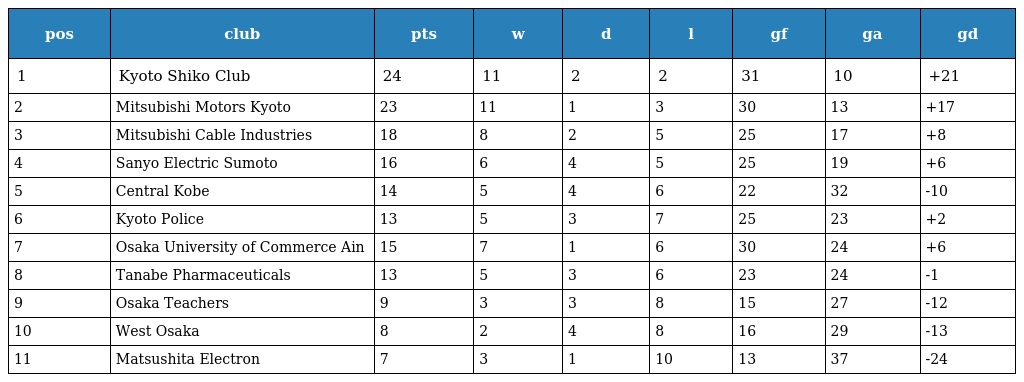
| pos | club | pts | w | d | l | gf | ga | gd |
 | --- | --- | --- | --- | --- | --- | --- | --- | --- |
 | 1 | Kyoto Shiko Club | 24 | 11 | 2 | 2 | 31 | 10 | +21 |
 | 2 | Mitsubishi Motors Kyoto | 23 | 11 | 1 | 3 | 30 | 13 | +17 |
 | 3 | Mitsubishi Cable Industries | 18 | 8 | 2 | 5 | 25 | 17 | +8 |
 | 4 | Sanyo Electric Sumoto | 16 | 6 | 4 | 5 | 25 | 19 | +6 |
 | 5 | Central Kobe | 14 | 5 | 4 | 6 | 22 | 32 | -10 |
 | 6 | Kyoto Police | 13 | 5 | 3 | 7 | 25 | 23 | +2 |
 | 7 | Osaka University of Commerce Ain | 15 | 7 | 1 | 6 | 30 | 24 | +6 |
 | 8 | Tanabe Pharmaceuticals | 13 | 5 | 3 | 6 | 23 | 24 | -1 |
 | 9 | Osaka Teachers | 9 | 3 | 3 | 8 | 15 | 27 | -12 |
 | 10 | West Osaka | 8 | 2 | 4 | 8 | 16 | 29 | -13 |
 | 11 | Matsushita Electron | 7 | 3 | 1 | 10 | 13 | 37 | -24 |